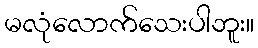
မလုံလောက်သေးပါဘူး။